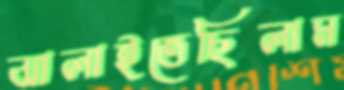
ঝালাইতেছিলাম